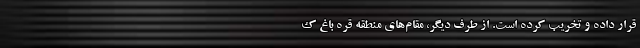
قرار داده و تخریب کرده است. از طرف دیگر، مقام‌های منطقه قره باغ ک